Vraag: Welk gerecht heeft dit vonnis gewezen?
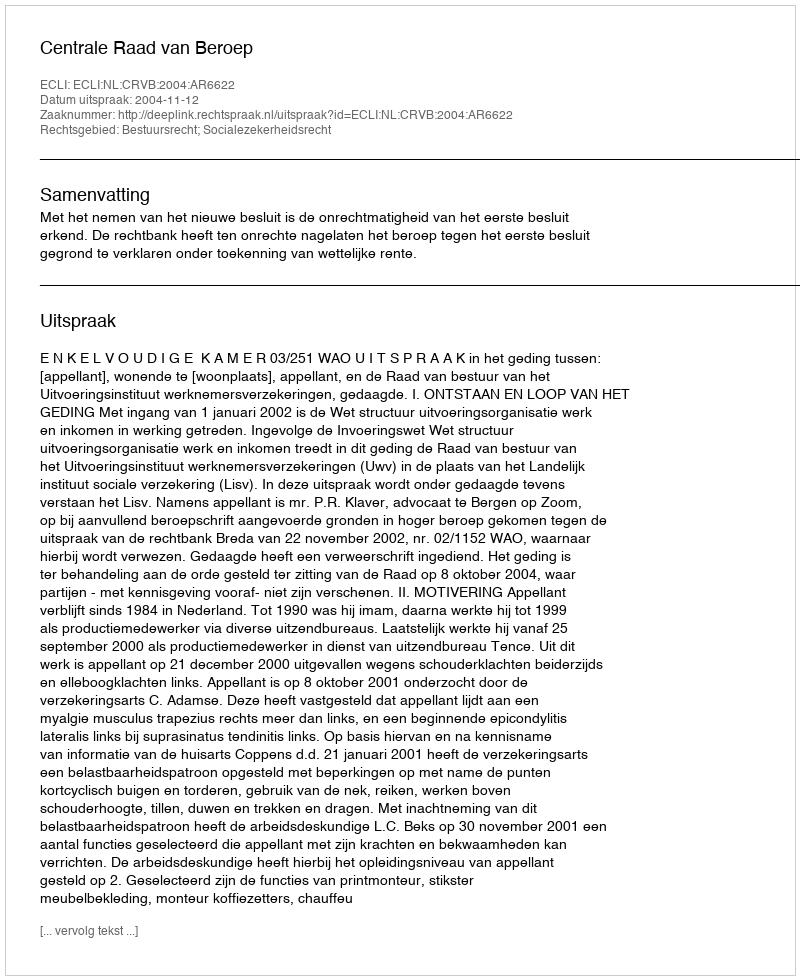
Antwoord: Centrale Raad van Beroep